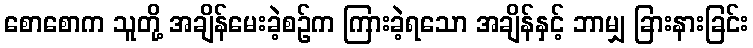
စောစောက သူတို့ အချိန်မေးခဲ့စဉ်က ကြားခဲ့ရသော အချိန်နှင့် ဘာမျှ ခြားနားခြင်း